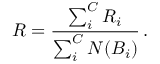
R = \frac { \sum _ { i } ^ { C } R _ { i } } { \sum _ { i } ^ { C } N ( B _ { i } ) } \, .